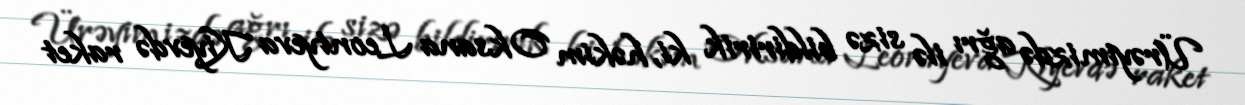
Ürəyimizdə ağrı ilə sizə bildiririk ki, həkim Oksana Leontyeva Kiyevdə raket